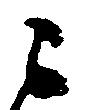
ニ